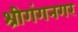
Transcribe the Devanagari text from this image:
श्रीगंगनगर